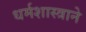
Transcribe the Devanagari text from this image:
धर्मशास्त्राने